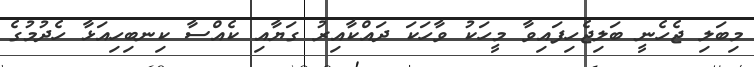
މިބަލި ޖެހެނީ ބަލިޖެހިފައިވާ މީހަކު ވާހަކަ ދައްކާއިރު ގަޔާއި ކެއްސާ ކިނބިހިއަޅާ ހެދުމުގެ